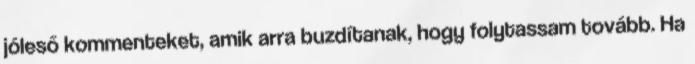
jóleső kommenteket, amik arra buzdítanak, hogy folytassam tovább. Ha